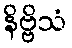
နိဗ္ဗိသံ